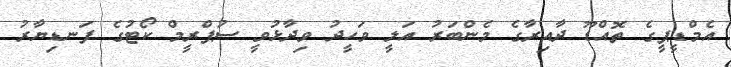
އެމްޑީޕީގެ ތޮއްޑޫ ދާއިރާގެ މެންބަރު އަލީ ވަހީދު ވިދާޅުވީ ސުޕްރީމް ކޯޓުގެ ފަނޑިޔާރު